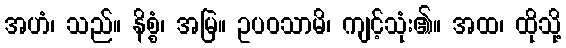
အဟံ၊ သည်။ နိစ္စံ၊ အမြဲ။ ဥပဝသာမိ၊ ကျင့်သုံး၏။ အထ၊ ထိုသို့